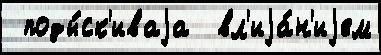
 поды́ск'иваjа  вл'иjа́н'иjем